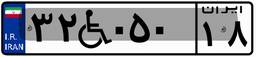
۰۱W۲۵۱۴۶